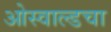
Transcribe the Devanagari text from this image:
ओस्वाल्डचा